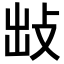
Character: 𢼍